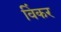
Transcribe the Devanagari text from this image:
विंकर